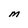
Character: M